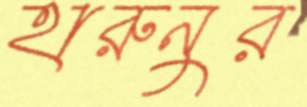
হারুনুর